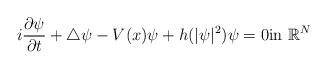
LaTeX: \begin{align*}i\frac{\partial \psi}{\partial t}+\triangle \psi-V(x)\psi+h(|\psi|^{2})\psi=0\hbox{in }\mathbb{R}^N\end{align*}